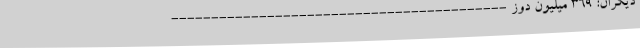
دیگران: 369 میلیون دوز ------------------------------------------